Vital statistics of India. Vol. V, Reports of 1876 on armies & jails and on epidemic cholera
Year: 1876
Disease focus: Cholera
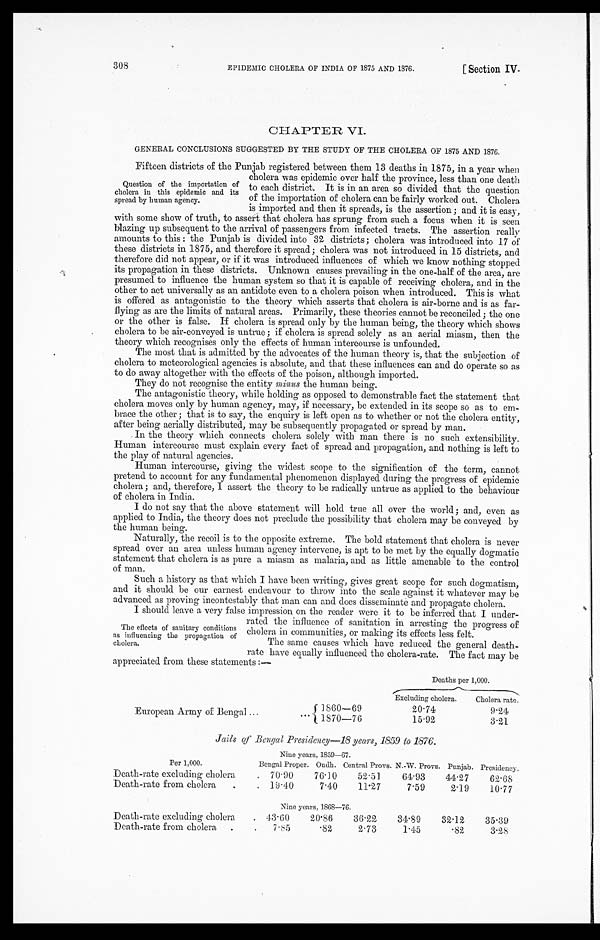
308 EPIDEMIC CHOLERA OF INDIA OF 1875 AND 1376. [Section IV.
CHAPTER VI.
GENERAL CONCLUSIONS SUGGESTED BY THE STUDY OF THE CHOLERA OF 1875 AND 1876.
Fifteen districts of the Punjab registered between them 13 deaths in 1875, in a year when
cholera was epidemic over half the province, less than one death
to each district. It is in an area so divided that the question
of the importation of cholera can be fairly worked out. Cholera.
is imported and then it spreads, is the assertion; and it is easy,
with some show of truth, to assert that cholera has sprung from such a focus when it is seen
blazing up subsequent to the arrival of passengers from infected tracts. The assertion really
amounts to this: the Punjab is divided into 32 districts; cholera was introduced into 17 of
these districts in 1875, and therefore it spread; cholera was not introduced in 15 districts, and
therefore did not appear, or if it was introduced influences of which we know nothing stopped
its propagation in these districts. Unknown causes prevailing in the one-half of the area, are
presumed to influence the human system so that it is capable of receiving cholera, and in the
other to act universally as an antidote even to a cholera poison when introduced. This is what
is offered as antagonistic to the theory which asserts that cholera is air-borne and is as far-
flying as are the limits of natural areas. Primarily, these theories cannot be reconciled; the one
or the other is false. If cholera is spread only by the human being, the theory which shows
cholera to be air-conveyed is untrue; if cholera is spread solely as an aerial miasm, then the
theory which recognises only the effects of human intercourse is unfounded.
The most that is admitted by the advocates of the human theory is, that the subjection of
cholera to meteorological agencies is absolute, and that these influences can and do operate so as
to do away altogether with the effects of the poison, although imported.
They do not recognise the entity minus the human being.
The antagonistic theory, while holding as opposed to demonstrable fact the statement that
cholera moves only by human agency, may, if necessary, be extended in its scope so as to em-
brace the other; that is to say, the enquiry is left open as to whether or not the cholera entity,
after being aerially distributed, may be subsequently propagated or spread by man.
In the theory which connects cholera solely with man there is no such extensibility.
Human intercourse must explain every fact of spread and propagation, and nothing is left to
the play of natural agencies.
Human intercourse, giving the widest scope to the signification of the term, cannot
pretend to account for any fundamental phenomenon displayed during the progress of epidemic
cholera; and, therefore, I assert the theory to be radically untrue as applied to the behaviour
of cholera in India.
I do not say that the above statement will hold true all over the world; and, even as
applied to India, the theory does not preclude the possibility that cholera may be conveyed by
the human being.
Naturally, the recoil is to the opposite extreme. The bold statement that cholera is never
spread over an area unless human agency intervene, is apt to be met by the equally dogmatic
statement that cholera is as pure a miasm as malaria, and as little amenable to the control
of man.
Such a history as that which I have been writing, gives great scope for such dogmatism,
and it should be our earnest endeavour to throw into the scale against it whatever may be
advanced as proving incontestably that man can and does disseminate and propagate cholera.
I should leave a very false impression on the reader were it to be inferred that I under-
rated the influence of sanitation in arresting the progress of
cholera in communities, or making its effects less felt.
The same causes which have reduced the general death-
rate have equally influenced the cholera-rate. The fact may be
appreciated from these statements:—
Deaths per 1,000.
Excluding cholera.
Cholera rate.
European Army of Bengal
1860—69
2 0 . 7 4
9 2 4
1870—76
15.92
3.21
Jails of Bengal Presidency—18 years, 1859 to 1876.
N i n e y e a r s , 1 8 5 9 — 6 7 .
Per 1,000.
Bengal Proper. Oudh. Central Provs. N.-W. Provs. Punjab. Presidency.
Death-rate excluding cholera
70.90
76.l0
52.51
64.93
44.27
62.68
Death-rate from cholera
19.40
7.40
11.27
7.59
2.19
10.77
Nine years, 1868—76.
Death-rate excluding cholera
43.60
20.86
36.22
34.89
32.12
35.39
Death-rate from cholera
7.85
.82
2.73
1.45
.82
3.28
Question of the importation of
cholera in this epidemic and its
spread by human agency.
The effects of sanitary conditions
as influencing the propagation of
cholera.